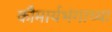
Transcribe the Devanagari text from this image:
कौमार्यभंगाच्या